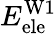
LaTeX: E_{\mathrm{ele}}^{\mathrm{W1}}